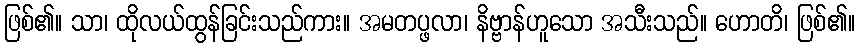
ဖြစ်၏။ သာ၊ ထိုလယ်ထွန်ခြင်းသည်ကား။ အမတပ္ဖလာ၊ နိဗ္ဗာန်ဟူသော အသီးသည်။ ဟောတိ၊ ဖြစ်၏။